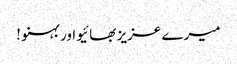
میرے عزیز بھائیو اور بہنو !